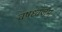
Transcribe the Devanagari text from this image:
वषध्वजम